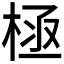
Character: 𣒝